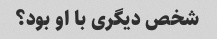
شخص دیگری با او بود؟